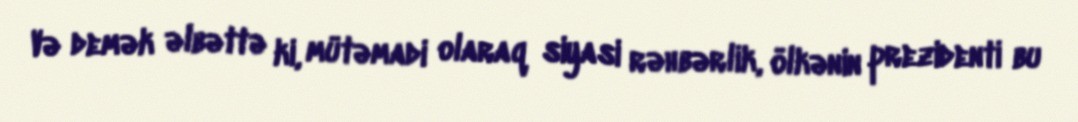
Və demək əlbəttə ki, mütəmadi olaraq siyasi rəhbərlik, ölkənin prezidenti bu